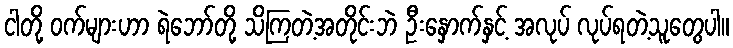
ငါတို့ ဝက်များဟာ ရဲဘော်တို့ သိကြတဲ့အတိုင်းဘဲ ဦးနှောက်နှင့် အလုပ် လုပ်ရတဲ့သူတွေပါ။